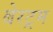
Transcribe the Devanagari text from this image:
बेरट्रम